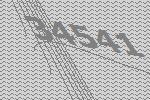
34541